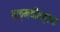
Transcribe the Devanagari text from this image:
वाङ्‌मयीनदृष्ट्या